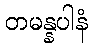
တမန္နပါနံ